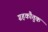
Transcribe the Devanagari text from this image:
ग्रहकौतुक